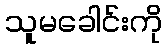
သူမခေါင်းကို